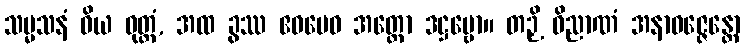
သမ္မသနံ ဝိယ ဝုတ္တံ, အထ ခွဿ ဧဝမေဝ အတ္ထော ဒဋ္ဌဗ္ဗော။ တဉှိ ဝိညာဏံ အနာဝဇ္ဇေန္တော